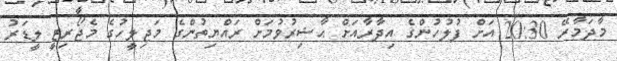
މާދަމާރޭ 20:30 އަށް ފުލުހުންގެ އިދާރާއަށް ޙާޟިރުވުމަށް ރައްޔިތުންގެ މަޖިލީހުގެ މެޖޯރިޓީ ލީޑަރު